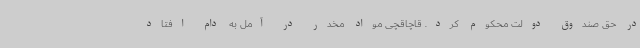
در حق صندوق دولت محکوم کرد. قاچاقچی مواد مخدر در آمل به دام افتاد